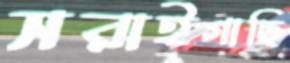
সরাইগাছি